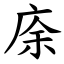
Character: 庩